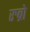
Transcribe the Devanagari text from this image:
रुब्रो